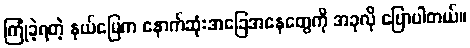
ကြုံခဲ့ရတဲ့ နယ်မြေက နောက်ဆုံးအခြေအနေတွေကို အခုလို ပြောပါတယ်။